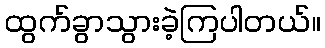
ထွက်ခွာသွားခဲ့ကြပါတယ်။